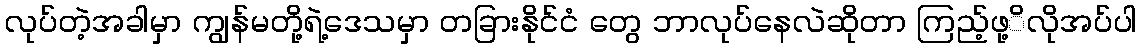
လုပ်တဲ့အခါမှာ ကျွန်မတို့ရဲ့ဒေသမှာ တခြားနိုင်ငံ တွေ ဘာလုပ်နေလဲဆိုတာ ကြည့်ဖု့ိလိုအပ်ပါ